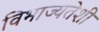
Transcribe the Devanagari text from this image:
विभाज्यतेशी